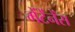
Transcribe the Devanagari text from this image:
मेंटेंनेंस